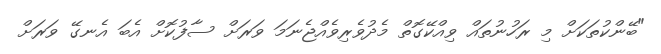
"ބޭންކުތަކަށް މި ރަހުނުތައް ވިއްކޭގޮތް މެދުވެރިވެއްޖެނަމަ ވަރަށް ސާފުކޮށް އެބަ އެނގޭ ވަރަށް